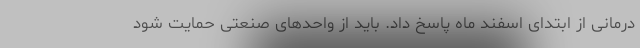
درمانی از ابتدای اسفند ماه پاسخ داد. باید از واحدهای صنعتی حمایت شود